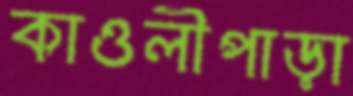
কাওলীপাড়া